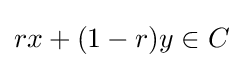
rx+(1-r)y\in C